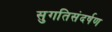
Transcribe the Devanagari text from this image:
सुगतिसंदर्षण